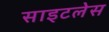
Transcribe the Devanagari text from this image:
साइटलेस